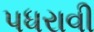
પધરાવી